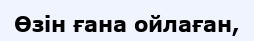
Өзін ғана ойлаған,